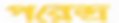
পরেন্দ্র